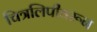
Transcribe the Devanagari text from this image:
चित्रलिपीवरून